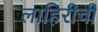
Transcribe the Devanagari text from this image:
लाहिरीची